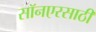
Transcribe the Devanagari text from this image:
सॉनएरसाठी